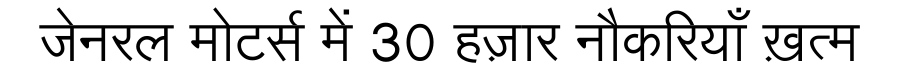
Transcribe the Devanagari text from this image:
जेनरल मोटर्स में 30 हज़ार नौकरियाँ ख़त्म